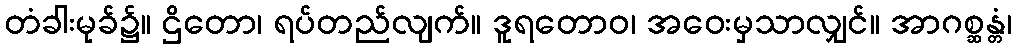
တံခါးမုခ်၌။ ဌိတော၊ ရပ်တည်လျက်။ ဒူရတောဝ၊ အဝေးမှသာလျှင်။ အာဂစ္ဆန္တံ၊